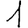
Digit: 1